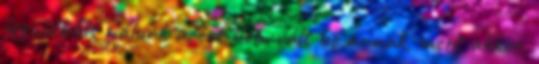
legalábbis nálunk azért nem vált be annak, mert akkor,